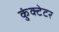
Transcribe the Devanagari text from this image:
कुंक्टेटर